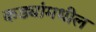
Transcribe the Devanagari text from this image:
कड्यांमधील